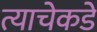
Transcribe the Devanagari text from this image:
त्याचेकडे